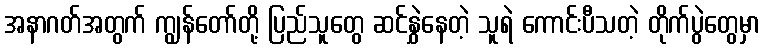
အနာဂတ်အတွက် ကျွန်တော်တို့ ပြည်သူတွေ ဆင်နွှဲနေတဲ့ သူရဲ ကောင်းပီသတဲ့ တိုက်ပွဲတွေမှာ